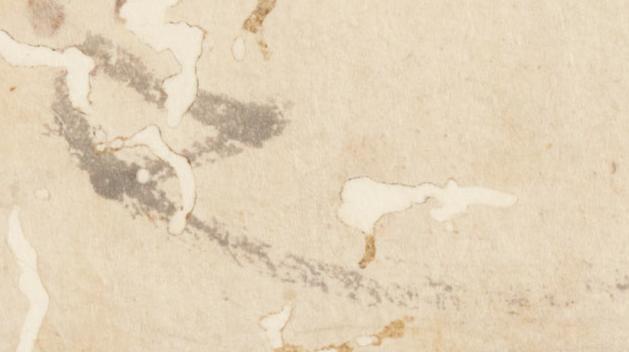
也